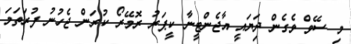
މި ސޭވް ވެގެން ދިަޔައީ އާޖެންޓީނާ ކީޕަރު ރޮމޭރޯ ކުރަން ޖެހުނު ފުރަތަމަ